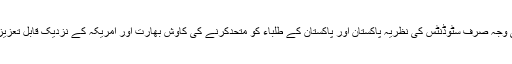
پابندی کی وجہ صرف سٹوڈنٹس کی نظریہ پاکستان اور پاکستان کے طلباء کو متحدکرنے کی کاوش بھارت اور امریکہ کے نزدیک قابل تعزیزجرم ہے۔